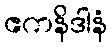
ဧကနိဒါနံ